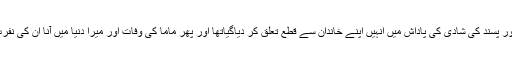
ماما سے محبت اور پسند کی شادی کی پاداش میں انہیں اپنے خاندان سے قطع تعلق کر دیاگیاتھا اور پھر ماما کی وفات اور میرا دنیا میں آنا ان کی نفرت کا سبب بنا تھا۔